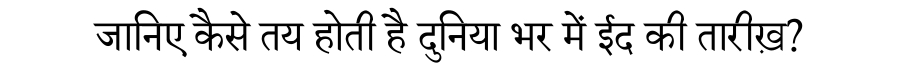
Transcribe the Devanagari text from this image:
जानिए कैसे तय होती है दुनिया भर में ईद की तारीख़?